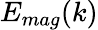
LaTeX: E_{mag}(k)